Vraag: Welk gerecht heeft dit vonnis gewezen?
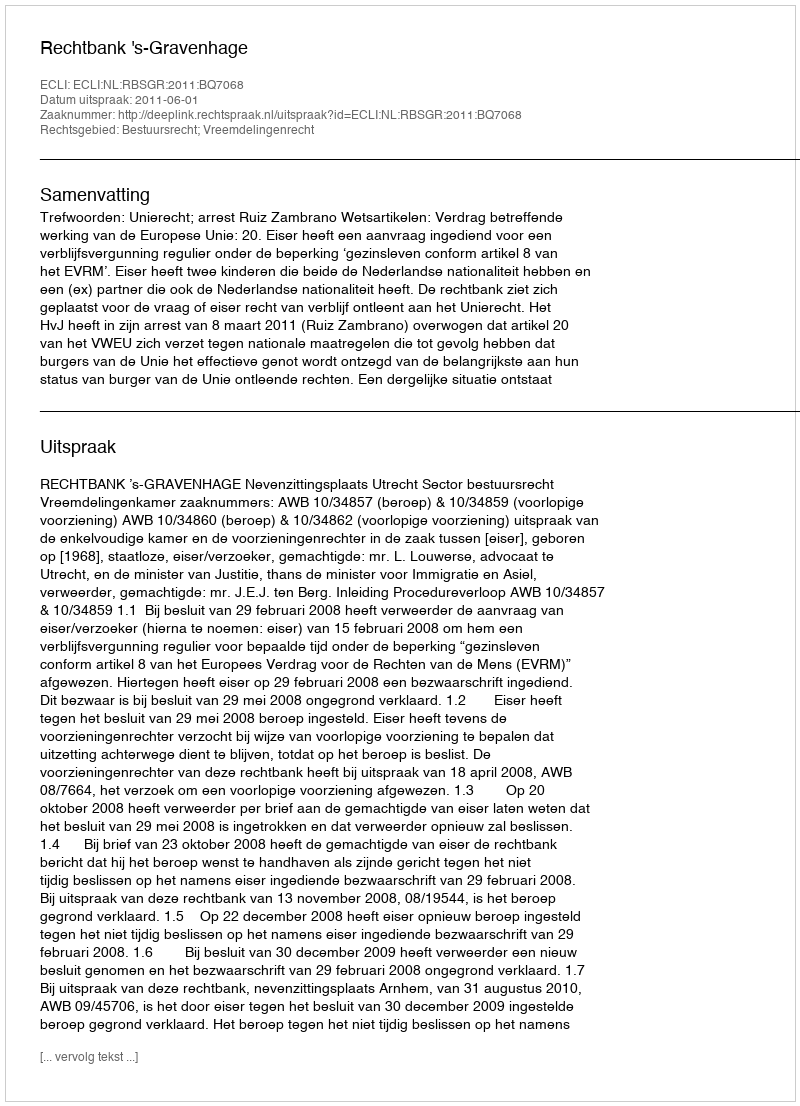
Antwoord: Rechtbank 's-Gravenhage